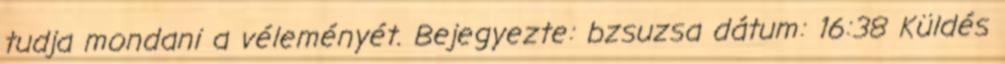
tudja mondani a véleményét. Bejegyezte: bzsuzsa dátum: 16:38 Küldés